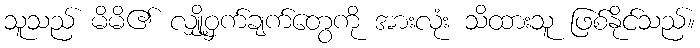
သူသည် မိမိ၏ လျှို့ဝှက်ချက်တွေကို အားလုံး သိထားသူ ဖြစ်နိုင်သည်။